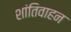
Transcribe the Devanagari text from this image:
शांतिवाहन